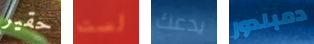
حقير لست يدعك دمبلدور